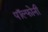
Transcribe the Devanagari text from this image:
पॉल्फोनी